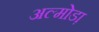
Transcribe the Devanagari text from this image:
अल्मोडा़